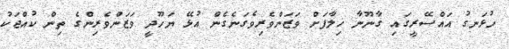
ހުޅަނގު އައްސޭރީގައި ގާނޫނާ ޚިލާފަށް ވަޒަންވެރިވެގަނެގެން އުޅޭ ޔަހޫދީ ވަޒަންވެރިންގެ ތިން ކުއްޖަކު